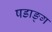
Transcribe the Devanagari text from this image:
षडाङ्ग